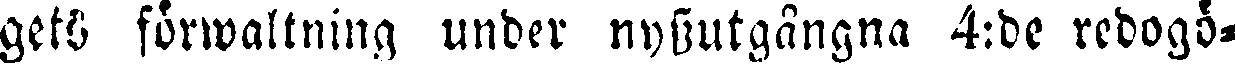
gets förwaltning under nyssutgångna 4:de redogö-